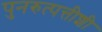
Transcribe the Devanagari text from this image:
पुनरुत्पत्तीशी